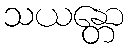
သယန္တော